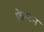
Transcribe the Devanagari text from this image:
फ्रेम्टन